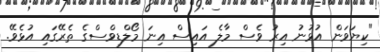
"ކިޔަވަން އުޅުނު އިރު ވެސް މާލެ އައިސް އިނަ މޯލްޑިވްސްގެ ތެރޭގައި އުޅެވޭ.